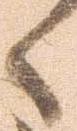
々